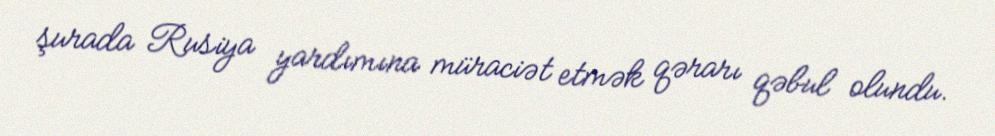
şurada Rusiya yardımına müraciət etmək qərarı qəbul olundu.